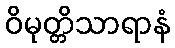
ဝိမုတ္တိသာရာနံ